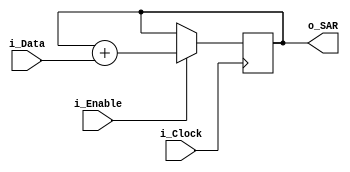
module SAR #(parameter WIDTH = 16)
  (
   input             i_Clock,
   input             i_Enable,
   input [7:0]       i_Data,
   output reg [WIDTH-1:0] o_SAR
   );

  reg [WIDTH-1:0] r_SAR = 0;

  always @(posedge i_Clock)
  begin
    if (i_Enable)
      r_SAR <= r_SAR + i_Data;
  end

  assign o_SAR = r_SAR;
endmodule